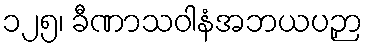
၁၂၅၊ ခီဏာသဝါနံအဘယပဉှာ